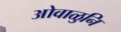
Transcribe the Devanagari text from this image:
ओवाळुनि